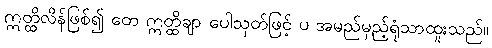
ဣတ္ထိလိန်ဖြစ်၍ တေ ဣတ္ထိချာ ပေါသုတ်ဖြင့် ပ အမည်မှည့်ရုံသာထူးသည်။